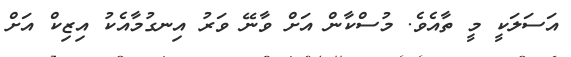
އަސަލަކީ މީ ތާއެވެ. މުސްކާން އަށް ވާނޭ ވަރު އިނގުމާއެކު އިޒިކް އަށް